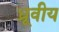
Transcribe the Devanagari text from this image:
ध्रूवीय